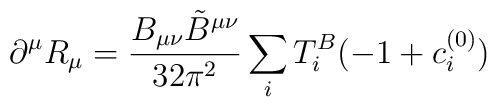
\partial^{\mu} R_{\mu} = \frac{B_{\mu \nu} {\tilde B}^{\mu\nu}}{32\pi^2}\sum_i T^B_i (-1 +c_i^{(0)})